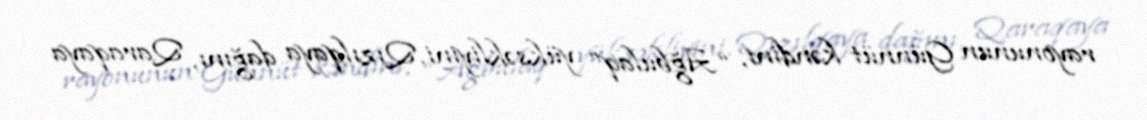
rayonunun Günnüt kəndini, “Ağbulaq” yüksəkliyini, Qızılqaya dağını, Qaraqaya